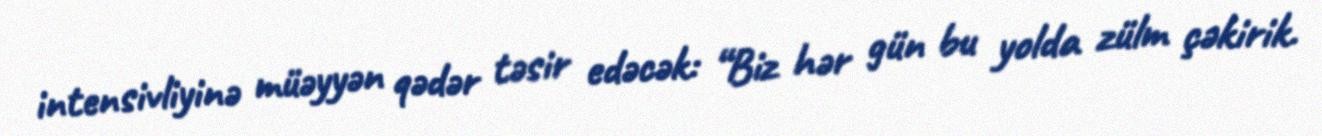
intensivliyinə müəyyən qədər təsir edəcək: “Biz hər gün bu yolda zülm çəkirik.